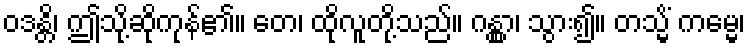
ဝဒန္တိ၊ ဤသို့ဆိုကုန်၏။ တေ၊ ထိုလူတို့သည်။ ဂန္တွာ၊ သွား၍။ တသ္မိံ ကမ္မေ၊